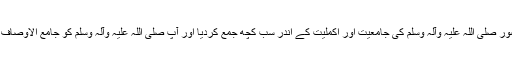
اللہ تعالیٰ نے حضور صلی اللہ علیہ وآلہ وسلم کی جامعیت اور اکملیت کے اندر سب کچھ جمع کردیا اور آپ صلی اللہ علیہ وآلہ وسلم کو جامع الاوصاف والکمالات بنا دیا۔